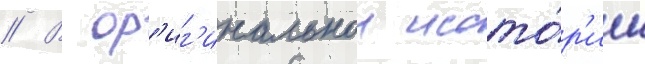
// В ор'иг'инальнои исто́р'ии